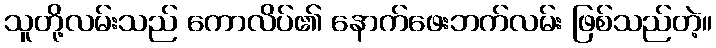
သူတို့လမ်းသည် ကောလိပ်၏ နောက်ဖေးဘက်လမ်း ဖြစ်သည်တဲ့။